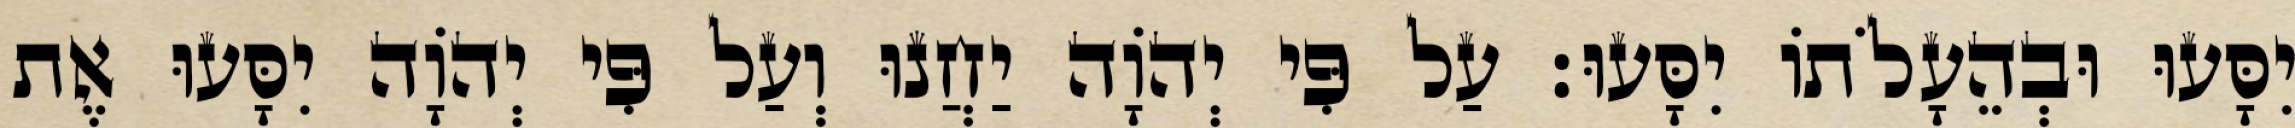
יִסָּעוּ וּבְהֵעָלֹתוֹ יִסָּעוּ׃ עַל פִּי יְהוָֹה יַחֲנוּ וְעַל פִּי יְהוָֹה יִסָּעוּ אֶת